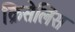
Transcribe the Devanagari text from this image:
क्रिसेलिस